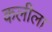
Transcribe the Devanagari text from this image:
कलीला